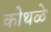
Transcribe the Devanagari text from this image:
कोथळे